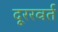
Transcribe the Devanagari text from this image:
दूररवर्त